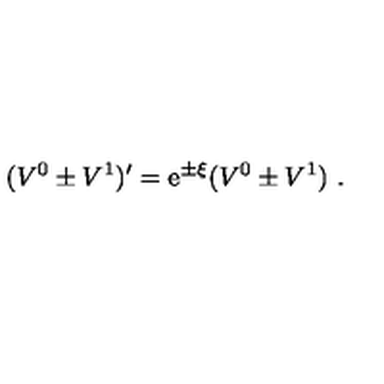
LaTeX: ( V ^ { 0 } \pm V ^ { 1 } ) ^ { \prime } = \mathrm { e } ^ { \pm \xi } ( V ^ { 0 } \pm V ^ { 1 } ) \ .